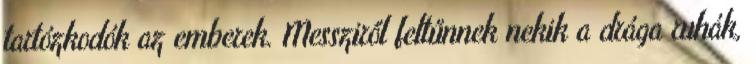
tartózkodók az emberek. Messziről feltűnnek nekik a drága ruhák,